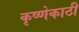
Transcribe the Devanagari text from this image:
कृष्णेकाठी